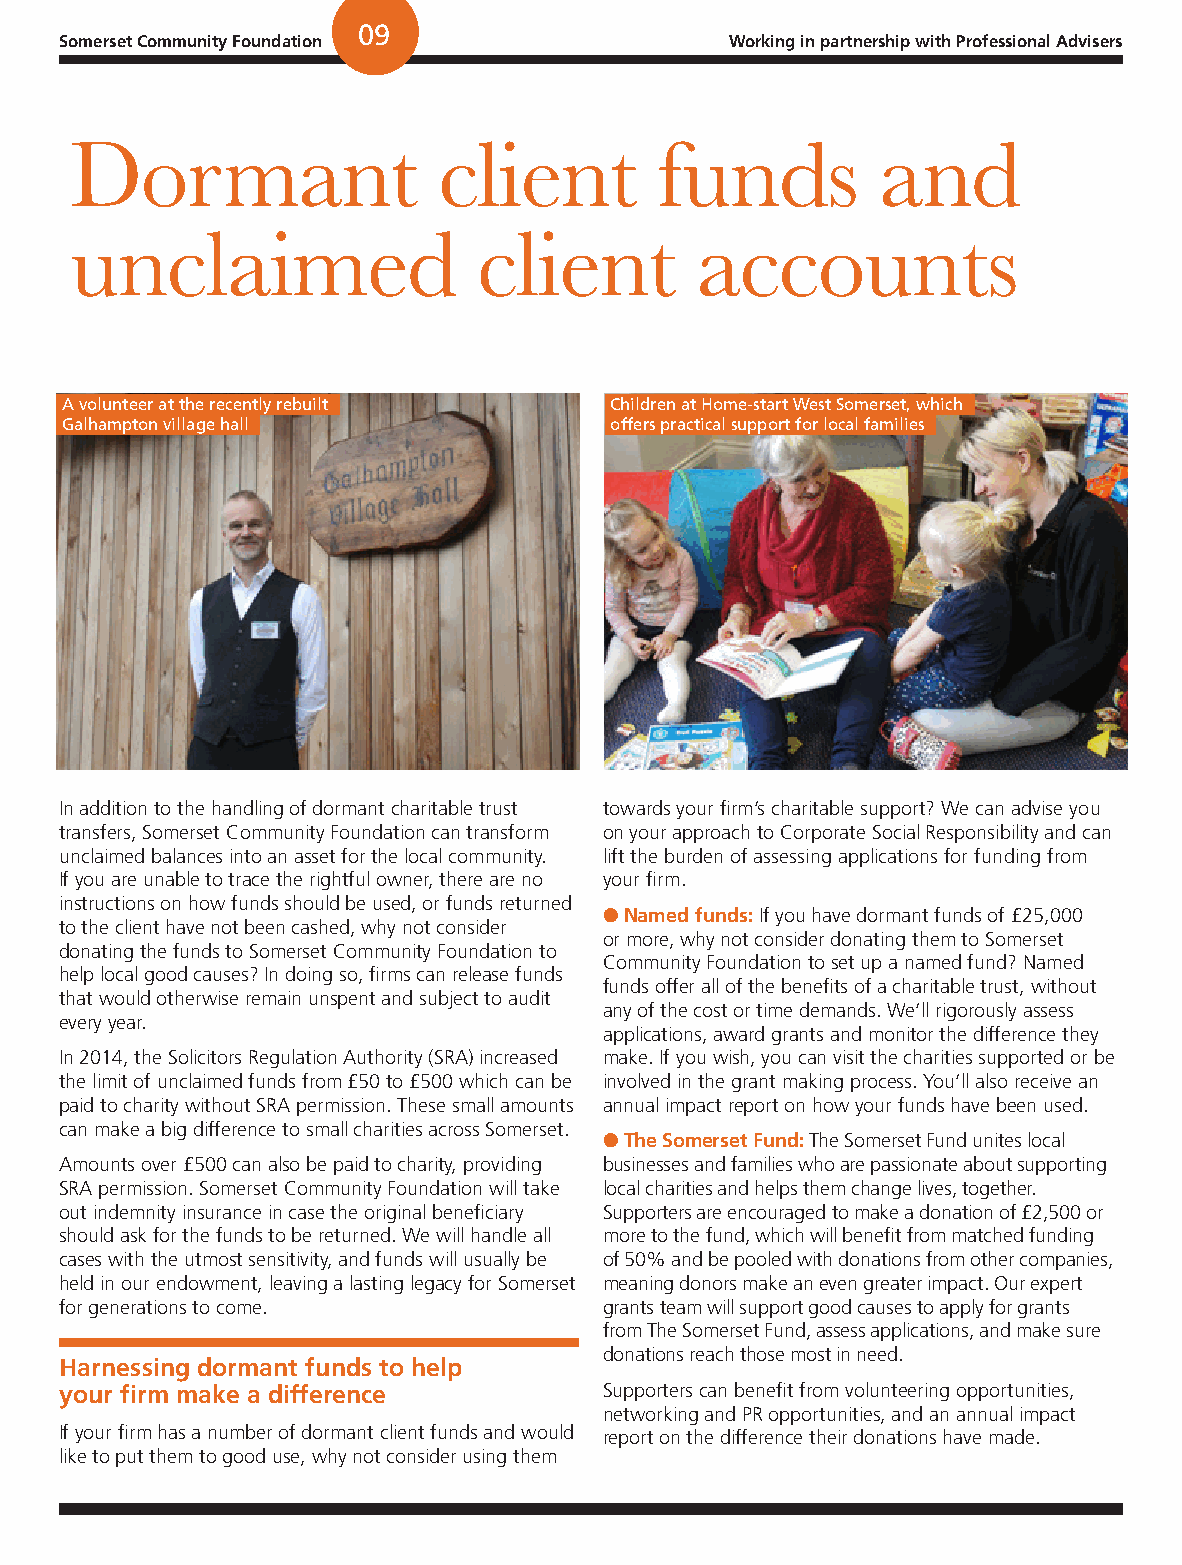
09
 Somerset Community Foundation               Working in partnership with Professional Advisers
 Dormant                 client         funds         and
 unclaimed                  client        accounts
 A volunteer at the recently rebuilt Children at Home-start West Somerset, which
 Galhampton village hall             offers practical support for local families
 In addition to the handling of dormant charitable trust towards your firm’s charitable support? We can advise you
 transfers, Somerset Community Foundation can transform on your approach to Corporate Social Responsibility and can
 unclaimed balances into an asset for the local community. lift the burden of assessing applications for funding from
 If you are unable to trace the rightful owner, there are no your firm.
 instructions on how funds should be used, or funds returned
 l Named funds: If you have dormant funds of £25,000
 to the client have not been cashed, why not consider
 or more, why not consider donating them to Somerset
 donating the funds to Somerset Community Foundation to
 Community Foundation to set up a named fund? Named
 help local good causes? In doing so, firms can release funds
 funds offer all of the benefits of a charitable trust, without
 that would otherwise remain unspent and subject to audit
 any of the cost or time demands. We’ll rigorously assess
 every year.
 applications, award grants and monitor the difference they
 In 2014, the Solicitors Regulation Authority (SRA) increased make. If you wish, you can visit the charities supported or be
 the limit of unclaimed funds from £50 to £500 which can be involved in the grant making process. You’ll also receive an
 paid to charity without SRA permission. These small amounts annual impact report on how your funds have been used.
 can make a big difference to small charities across Somerset.
 l The Somerset Fund: The Somerset Fund unites local
 Amounts over £500 can also be paid to charity, providing businesses and families who are passionate about supporting
 SRA permission. Somerset Community Foundation will take local charities and helps them change lives, together.
 out indemnity insurance in case the original beneficiary Supporters are encouraged to make a donation of £2,500 or
 should ask for the funds to be returned. We will handle all more to the fund, which will benefit from matched funding
 cases with the utmost sensitivity, and funds will usually be of 50% and be pooled with donations from other companies,
 held in our endowment, leaving a lasting legacy for Somerset meaning donors make an even greater impact. Our expert
 for generations to come.            grants team will support good causes to apply for grants
 from The Somerset Fund, assess applications, and make sure
 donations reach those most in need.
 Harnessing dormant funds to help
 your firm make a difference         Supporters can benefit from volunteering opportunities,
 networking and PR opportunities, and an annual impact
 If your firm has a number of dormant client funds and would report on the difference their donations have made.
 like to put them to good use, why not consider using them